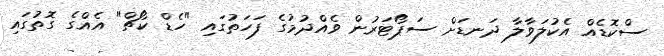
ސްކޮޑެއް އެކުލަވާލާ ދަނޑަށް ސަޕޯޓަރުން ވެއްދުމުގެ ފަހަތުގައި "ހެޑް ކޯޗް" އެއްގެ ގޮތުގައި